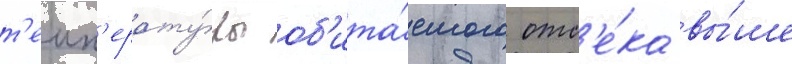
т'емп'ерату́ры об'ита́емого отс'е́ка вы́ше